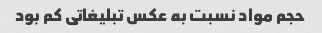
حجم مواد نسبت به عکس تبلیغاتی کم بود